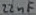
Text: 22nF